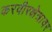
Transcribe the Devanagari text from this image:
करवीरक्षेत्रावर